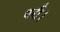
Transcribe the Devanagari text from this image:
धनी।